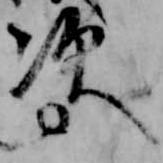
次